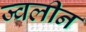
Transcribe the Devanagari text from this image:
ज्वलीन